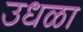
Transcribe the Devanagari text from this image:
उधळा